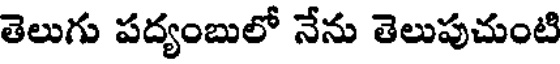
తెలుగు పద్యంబులో నేను తెలుపుచుంటి